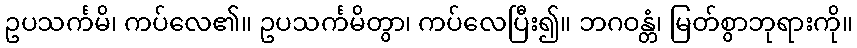
ဥပသင်္ကမိ၊ ကပ်လေ၏။ ဥပသင်္ကမိတွာ၊ ကပ်လေပြီး၍။ ဘဂဝန္တံ၊ မြတ်စွာဘုရားကို။